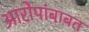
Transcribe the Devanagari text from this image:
आरोपांबाबत